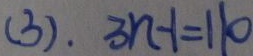
( 3 ) . 3 n - 1 = 1 1 0